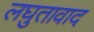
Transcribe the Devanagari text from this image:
लघुतावाद